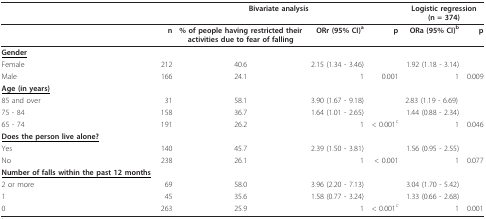
<table><thead><tr><td></td><td colspan="4"><b>Bivariate analysis</b></td><td colspan="2"><b>Logistic regression(n = 374)</b></td></tr></thead><tbody><tr><td></td><td><b>n</b></td><td><b>% of people having restricted their activities due to fear of falling</b></td><td><b>ORr (95% CI)<sup>a</sup></b></td><td><b>p</b></td><td><b>ORa (95% CI)<sup>b</sup></b></td><td><b>p</b></td></tr><tr><td><b><underline>Gender</underline></b></td><td></td><td></td><td></td><td></td><td></td><td></td></tr><tr><td>Female</td><td>212</td><td>40.6</td><td>2.15 (1.34 - 3.46)</td><td></td><td>1.92 (1.18 - 3.14)</td><td></td></tr><tr><td>Male</td><td>166</td><td>24.1</td><td>1</td><td>0.001</td><td>1</td><td>0.009</td></tr><tr><td><b><underline>Age (in years)</underline></b></td><td></td><td></td><td></td><td></td><td></td><td></td></tr><tr><td>85 and over</td><td>31</td><td>58.1</td><td>3.90 (1.67 - 9.18)</td><td></td><td>2.83 (1.19 - 6.69)</td><td></td></tr><tr><td>75 - 84</td><td>158</td><td>36.7</td><td>1.64 (1.01 - 2.65)</td><td></td><td>1.44 (0.88 - 2.34)</td><td></td></tr><tr><td>65 - 74</td><td>191</td><td>26.2</td><td>1</td><td>&lt; 0.001<sup>c</sup></td><td>1</td><td>0.046</td></tr><tr><td><b><underline>Does the person live alone?</underline></b></td><td></td><td></td><td></td><td></td><td></td><td></td></tr><tr><td>Yes</td><td>140</td><td>45.7</td><td>2.39 (1.50 - 3.81)</td><td></td><td>1.56 (0.95 - 2.55)</td><td></td></tr><tr><td>No</td><td>238</td><td>26.1</td><td>1</td><td>&lt; 0.001</td><td>1</td><td>0.077</td></tr><tr><td><b><underline>Number of falls within the past 12 months</underline></b></td><td></td><td></td><td></td><td></td><td></td><td></td></tr><tr><td>2 or more</td><td>69</td><td>58.0</td><td>3.96 (2.20 - 7.13)</td><td></td><td>3.04 (1.70 - 5.42)</td><td></td></tr><tr><td>1</td><td>45</td><td>35.6</td><td>1.58 (0.77 - 3.24)</td><td></td><td>1.33 (0.66 - 2.68)</td><td></td></tr><tr><td>0</td><td>263</td><td>25.9</td><td>1</td><td>&lt; 0.001<sup>c</sup></td><td>1</td><td>0.001</td></tr></tbody></table>